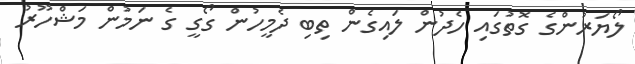
ލޯޔަރުންގެ ގޮތުގައި ހެދުން ލައިގެން ތިބި ދެމީހުން ގޯގީ ގެ ނަމުން މަޝްހޫރު